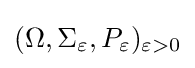
(\Omega ,\Sigma _{\varepsilon },P_{\varepsilon })_{\varepsilon >0}